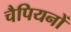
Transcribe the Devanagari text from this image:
चैपियनों